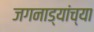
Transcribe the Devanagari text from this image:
जगनाड्यांच्या